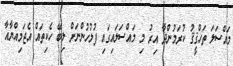
މައްސަލަ ތަހްޤީޤު ކުރަމުންދާ އިރު މި މައްސަލައިގައި ފުލުހުންނަށް ލިބޭ ހެކިތައް އެޖަމިއްޔާއާ